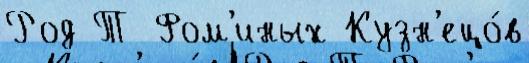
Род Т Фом'иных Кузн'ецо́в